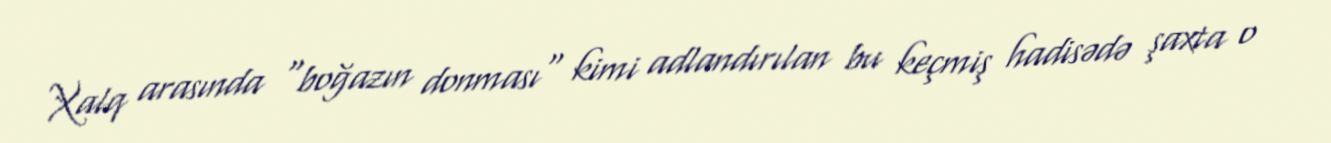
Xalq arasında "boğazın donması" kimi adlandırılan bu keçmiş hadisədə şaxta o